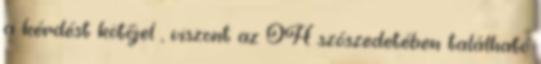
a kérdést kötőjel , viszont az OH szószedetében található